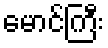
မောင်ကြီး